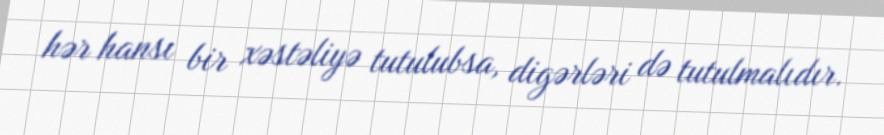
hər hansı bir xəstəliyə tutulubsa, digərləri də tutulmalıdır.